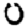
Digit: 0